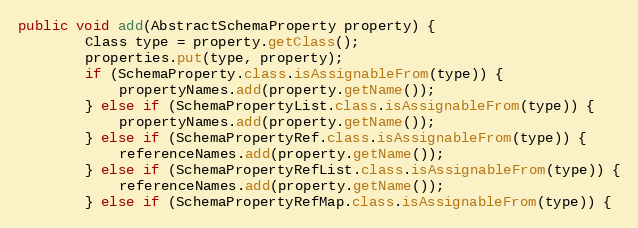
Language: Java
public void add(AbstractSchemaProperty property) {
        Class type = property.getClass();
        properties.put(type, property);
        if (SchemaProperty.class.isAssignableFrom(type)) {
            propertyNames.add(property.getName());
        } else if (SchemaPropertyList.class.isAssignableFrom(type)) {
            propertyNames.add(property.getName());
        } else if (SchemaPropertyRef.class.isAssignableFrom(type)) {
            referenceNames.add(property.getName());
        } else if (SchemaPropertyRefList.class.isAssignableFrom(type)) {
            referenceNames.add(property.getName());
        } else if (SchemaPropertyRefMap.class.isAssignableFrom(type)) {